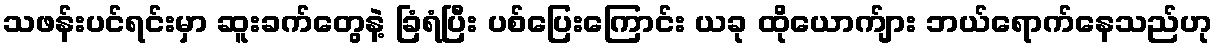
သဖန်းပင်ရင်းမှာ ဆူးခက်တွေနဲ့ ခြံရံပြီး ပစ်ပြေးကြောင်း ယခု ထိုယောက်ျား ဘယ်ရောက်နေသည်ဟု